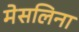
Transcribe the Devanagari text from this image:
मेसलिना